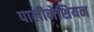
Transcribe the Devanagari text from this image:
पालीनेशियन